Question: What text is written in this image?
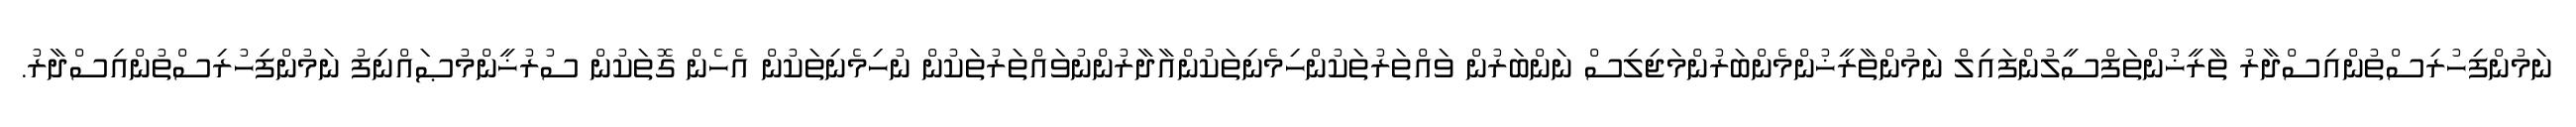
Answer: ނަމުންފިހުރިސްތުންއިސްދާރު ތާރީޚުންތަފްސީލުންފައިލް ނަމުންތާރީޚުންމެންބަރުންމަޖިލިސް ނަންބަރުން ވައްތަރުތަކުންހިމެނިތަކުންއާދާރުންނުވައްތަރުތަކުން ނުހިމެނިތަކުން އެހެން ގޮތަކުން ސުރުޚީންމުޞައްނިފު ނަމުންފިހުރިސްތުންއިސްދާރު.